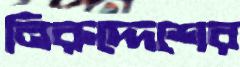
নিরুদ্দেশের